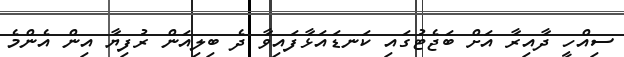
ސިއްހީ ދާއިރާ އަށް ބަޖެޓުގައި ކަނޑައަޅާފައިވާ ދެ ބިލިއަން ރުފިޔާ އިން އެންމެ